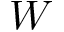
W